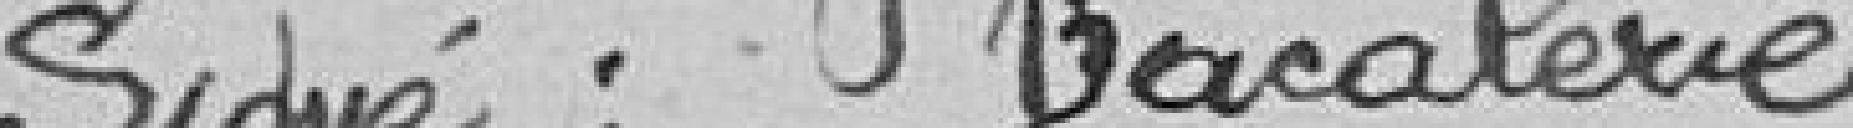
Signé : Bacalerie